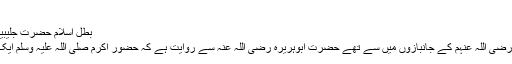
( اسد الغابہ )
بطل اسلام حضرت جلیبیب رضی اللہ عنہ​
آپ صحابہ کرام رضی اللہ عنہم کے جانبازوں میں سے تھے حضرت ابوہریرہ رضی اللہ عنہ سے روایت ہے کہ حضور اکرم صلی اللہ علیہ وسلم ایک جہاد میں تھے ۔